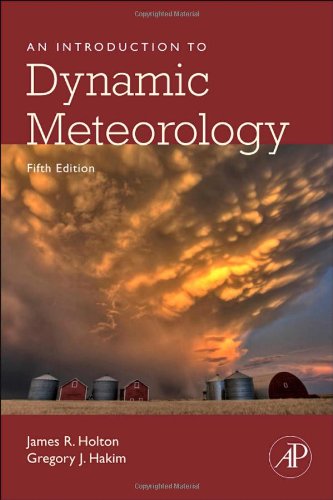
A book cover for An Introduction to Dynamic Meteorology, Volume 88, Fifth Edition (International Geophysics); James R. Holton; Science & Math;